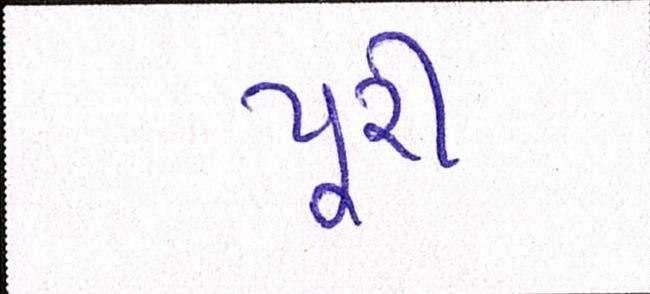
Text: પૂરી